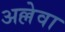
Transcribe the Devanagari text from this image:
अल्लेवा